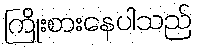
ကြိုးစားနေပါသည်